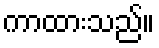
ကာထားသည်။